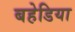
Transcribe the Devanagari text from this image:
बहेडिया